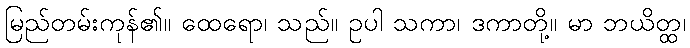
မြည်တမ်းကုန်၏။ ထေရော၊ သည်။ ဥပါ သကာ၊ ဒကာတို့။ မာ ဘယိတ္ထ၊